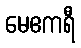
မေဧကရီ